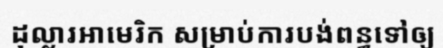
ដុល្លារអាមេរិក សម្រាប់ការបង់ពន្ធទៅឲ្យ